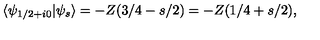
\langle \psi _ { 1 / 2 + i 0 } \vert \psi _ { s } \rangle = - Z ( 3 / 4 - s / 2 ) = - Z ( 1 / 4 + s / 2 ) ,